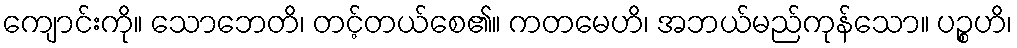
ကျောင်းကို။ သောဘေတိ၊ တင့်တယ်စေ၏။ ကတမေဟိ၊ အဘယ်မည်ကုန်သော။ ပဉ္စဟိ၊